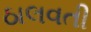
ઠાલવતી